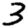
Digit: 3